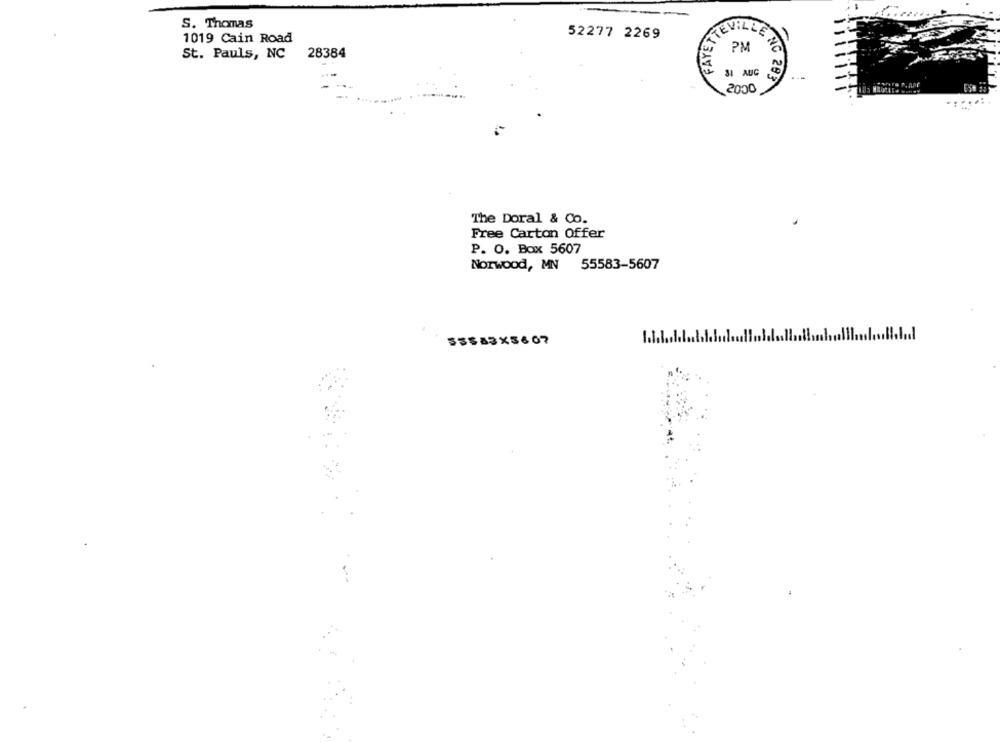
S. Thomas
52277 2269
1019 Cain Road
TTEVILLENE
St. Pauls, NC
28384
SI AUG
...
\2000
NC 283
The Doral & Co.
Free Carton Offer
P. O. Box 5607
Norwood, MN
55583-5607